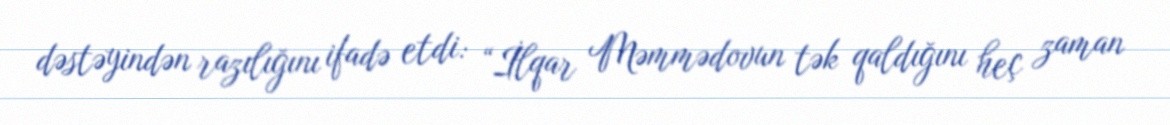
dəstəyindən razılığını ifadə etdi: “İlqar Məmmədovun tək qaldığını heç zaman